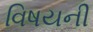
વિષયની